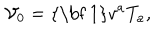
{ \ \mathcal { V } } _ { 0 } = \mathrm { { \bf ~ 1 } } v ^ { a } T _ { a } ,